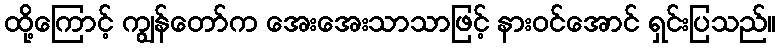
ထို့ကြောင့် ကျွန်တော်က အေးအေးသာသာဖြင့် နားဝင်အောင် ရှင်းပြသည်။